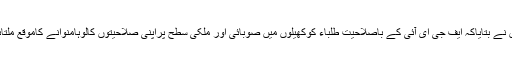
انہوں نے بتایاکہ ایف جی ای آئی کے باصلاحیت طلباء کوکھیلوں میں صوبائی اور ملکی سطح پراپنی صلاحیتوں کالوہامنوانے کاموقع ملتاہے ۔